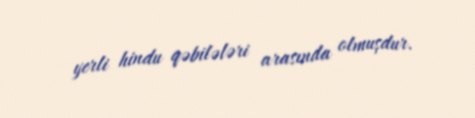
yerli hindu qəbilələri arasında olmuşdur.